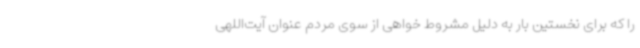
را که برای نخستین بار به دلیل مشروط‌ خواهی از سوی مردم عنوان آیت‌اللهی